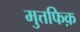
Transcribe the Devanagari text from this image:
मुत्तफिक़